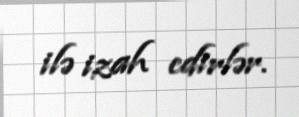
ilə izah edirlər.